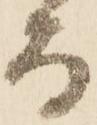
而